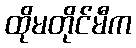
ထိုမတိုင်မီက